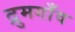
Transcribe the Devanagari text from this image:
द्रुमगाँव